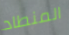
المنطاد